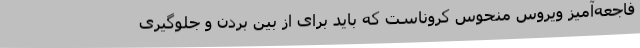
فاجعه‌آمیز ویروس منحوس کروناست که باید برای از بین بردن و جلوگیری